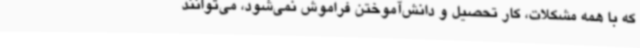
که با همه مشکلات، کار تحصیل و دانش‌آموختن فراموش نمی‌شود، می‌توانند